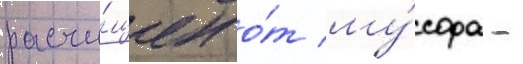
расчи́щен о́т му́сора -